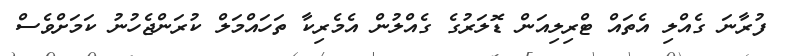
ފުރާނަ ގެއްލި އެތައް ޓްރިލިއަން ޑޮލަރުގެ ގެއްލުން އެމެރިކާ ތަހައްމަލް ކުރަންޖެހުނު ކަމަށްވެސް